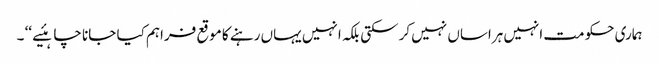
ہماری حکومت انہیں ہراساں نہیں کرسکتی بلکہ انہیں یہاں رہنے کا موقع فراہم کیا جانا چاہئیے ‘‘ ۔